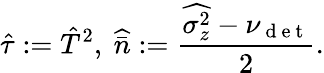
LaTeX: \hat{\tau}:=\hat{T}^{2},~\widehat{\bar{n}}:=\frac{\widehat{\sigma_{z}^{2}}-\nu_{\mathrm{~d~e~t~}}}{2}.